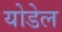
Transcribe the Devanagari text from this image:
योडेल